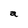
Character: a